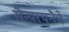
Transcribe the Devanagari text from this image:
सैन्यरचनेचे